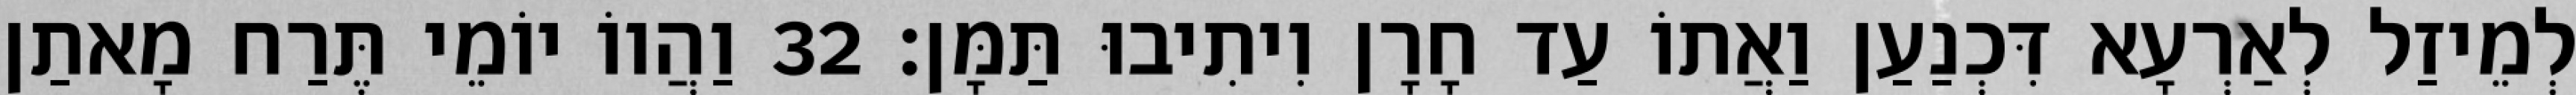
לְמֵיזַל לְאַרְעָא דִּכְנַעַן וַאֲתוֹ עַד חָרָן וִיתִיבוּ תַּמָּן׃ 32 וַהֲווֹ יוֹמֵי תֶּרַח מָאתַן